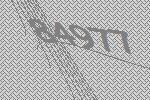
84977